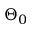
\Theta _ { 0 }